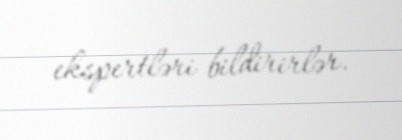
ekspertləri bildirirlər.